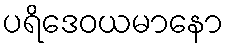
ပရိဒေဝယမာနော